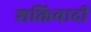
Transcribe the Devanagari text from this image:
शक्तिवादी